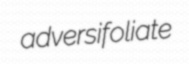
adversifoliate